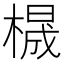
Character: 𱤋